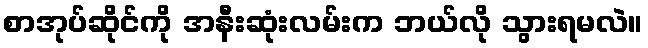
စာအုပ်ဆိုင်ကို အနီးဆုံးလမ်းက ဘယ်လို သွားရမလဲ။